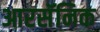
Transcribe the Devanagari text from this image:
आरसॅनिक